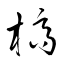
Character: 槁